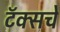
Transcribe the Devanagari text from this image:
टॅक्सचे